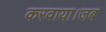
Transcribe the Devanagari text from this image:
करवाया।जब